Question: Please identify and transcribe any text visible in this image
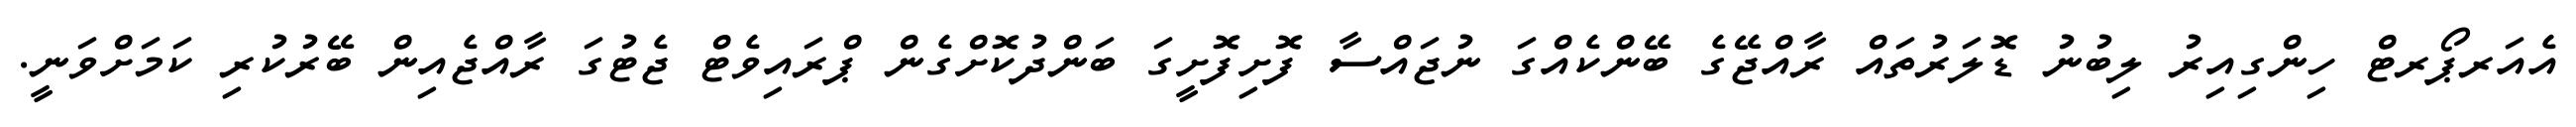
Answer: އެއަރޕޯރޓް ހިންގިއިރު ލިބުނު ޑޮލަރުތައް ރާއްޖޭގެ ބޭންކެއްގަ ނުޖައްސާ ފޮށިފޮށީގަ ބަންދުކޮށްގެން ޕްރައިވެޓް ޖެޓުގަ ރާއްޖެއިން ބޭރުކުރި ކަމަށްވަނީ.